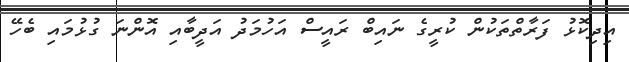
އިދިކޮޅު ފަރާތްތަކުން ކުރީގެ ނައިބް ރައީސް އަހުމަދު އަދީބާއި އޮންނަ ގުޅުމައި ބެހޭ